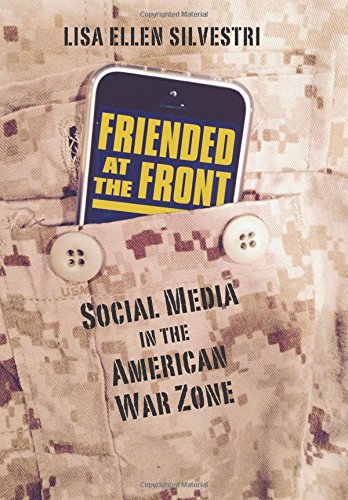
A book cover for Friended at the Front: Social Media in the American War Zone (Modern War Studies); Lisa Ellen Silvestri; History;